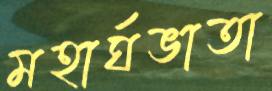
মহার্ঘভাতা